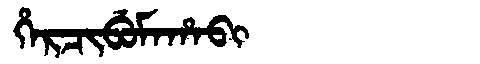
Manchu: ᡥᡝᡵᠴᡳᠪᡠᠮᠠᡥᠠᠪᡳ
Romanization: HERCIBUMAHABI